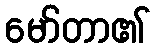
မော်တာ၏